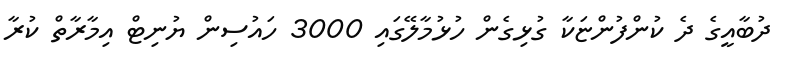
ދުބާއީގެ ދެ ކުންފުންޏަކާ ގުޅިގެން ހުޅުމާލޭގައި 3000 ހައުސިން ޔުނިޓް އިމާރާތް ކުރާ